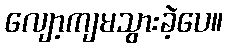
လျော့ကျမသွားခဲ့ပေ။